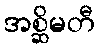
အစ္ဆိမတီ